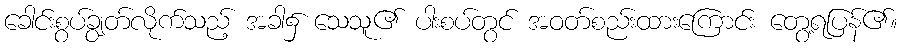
ခေါင်းစွပ်ချွတ်လိုက်သည့် အခါ၌ သေသူ၏ ပါးစပ်တွင် အဝတ်စည်းထားကြောင်း တွေ့ရပြန်၏။